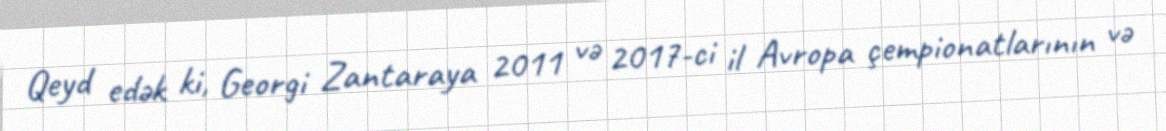
Qeyd edək ki, Georgi Zantaraya 2011 və 2017-ci il Avropa çempionatlarının və